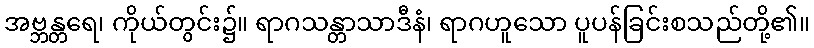
အဗ္ဘန္တရေ၊ ကိုယ်တွင်း၌။ ရာဂသန္တာသာဒီနံ၊ ရာဂဟူသော ပူပန်ခြင်းစသည်တို့၏။